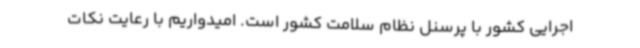
اجرایی کشور با پرسنل نظام سلامت کشور است. امیدواریم با رعایت نکات